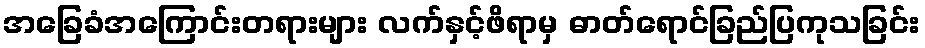
အခြေခံအကြောင်းတရားများ လက်နှင့်ဖိရာမှ ဓာတ်ရောင်ခြည်ပြကုသခြင်း